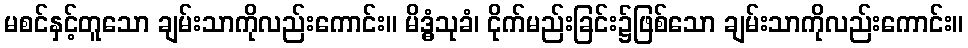
မစင်နှင့်တူသော ချမ်းသာကိုလည်းကောင်း။ မိဒ္ဓံသုခံ၊ ငိုက်မည်းခြင်း၌ဖြစ်သော ချမ်းသာကိုလည်းကောင်း။